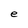
Character: e